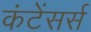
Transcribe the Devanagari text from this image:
कंटेंसर्स